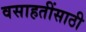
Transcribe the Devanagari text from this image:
वसाहतींसाठी